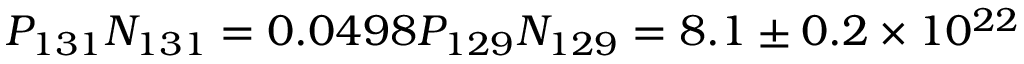
P _ { 1 3 1 } N _ { 1 3 1 } = 0 . 0 4 9 8 P _ { 1 2 9 } N _ { 1 2 9 } = 8 . 1 \pm 0 . 2 \times 1 0 ^ { 2 2 }